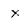
Character: x